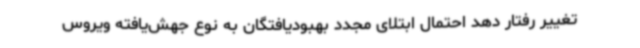
تغییر رفتار دهد احتمال ابتلای مجدد بهبودیافتگان به نوع جهش‌یافته ویروس